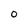
Character: 0